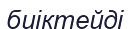
биіктейді